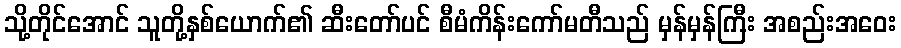
သို့တိုင်အောင် သူတို့နှစ်ယောက်၏ ဆီးတော်ပင် စီမံကိန်းကော်မတီသည် မှန်မှန်ကြီး အစည်းအဝေး